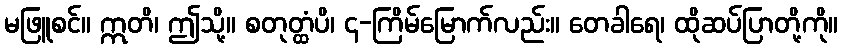
မဖြူစင်။ ဣတိ၊ ဤသို့။ စတုတ္ထံပိ၊ ၄-ကြိမ်မြောက်လည်း။ တေခါရေ၊ ထိုဆပ်ပြာတို့ကို။